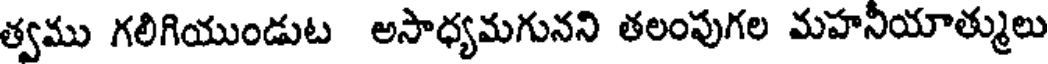
త్వము గలిగియుండుట అసాధ్యమగునని తలంపుగల మహనీయాత్ములు